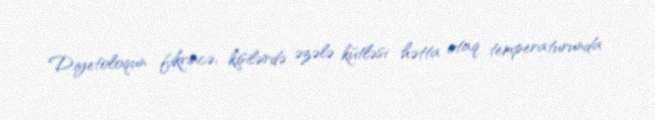
Diyetoloqun fikrincə, kişilərdə əzələ kütləsi hətta otaq temperaturunda